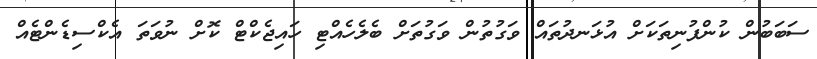
ސަބަބުން ކުންފުނިތަކަށް އުޅަނދުތައް ވަގުތުން ވަގުތަށް ބެލެހެއްޓި ހައިޖެކްޓް ކޮށް ނުވަތަ އެކްސިޑެންޓެއް